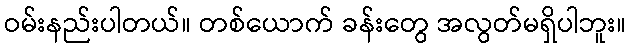
ဝမ်းနည်းပါတယ်။ တစ်ယောက် ခန်းတွေ အလွတ်မရှိပါဘူး။